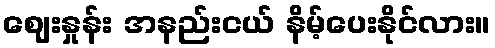
ဈေးနှုန်း အနည်းငယ် နိမ့်ပေးနိုင်လား။